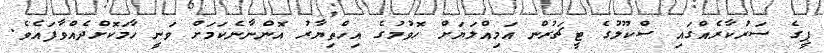
ޕީގެ ސަރުކާރެއްގައި ސްކޫލުގެ ޓީޗަރުން އަމިއްލަޔަށް ހޮވުމުގެ އިހްތިޔާރު އޮންނާނެކަމަށް ވަނީ ހާމަކޮށްދެއްވާފައެވެ.